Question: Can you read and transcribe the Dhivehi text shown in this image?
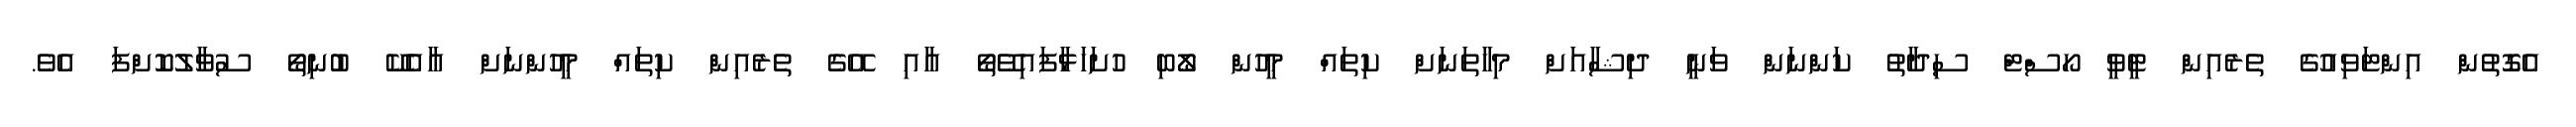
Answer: އެގޮތުން އިންޓަވިއުގެ ތެރެއިން ޓީވީ ހޯސްޓް ސިދާތު ކަންނަން ވަނީ ދިޝާއަށް މިހާތަނަށް ކިތައް މީހުން ލޯބި ހުށަހަޅާފައިވޭތޯ އާއި އޭގެ ތެރެއިން ކިތައް މީހުންނަށް އާއެކޭ ބުނިތޯ ސުވާލުކޮށްފަ އެވެ.